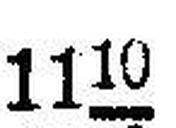
1110